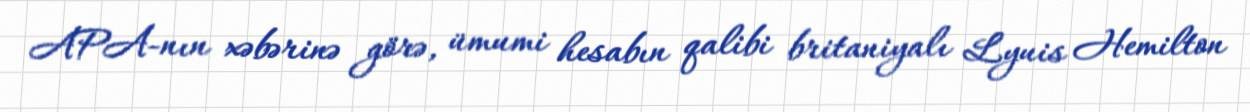
APA-nın xəbərinə görə, ümumi hesabın qalibi britaniyalı Lyuis Hemilton